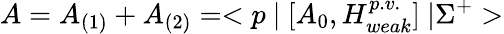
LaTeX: A=A_{(1)}+A_{(2)}=<p~|~[A_{0},H_{weak}^{p.v.}]~|\Sigma^{+}>